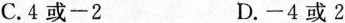
C.4或-2 D.-4或2